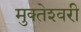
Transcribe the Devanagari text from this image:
मुक्‍तेश्‍वरी